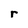
Character: r